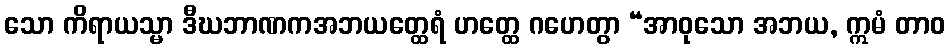
သော ကိရာယသ္မာ ဒီဃဘာဏကအဘယတ္ထေရံ ဟတ္ထေ ဂဟေတွာ “အာဝုသော အဘယ, ဣမံ တာဝ